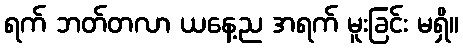
ရက် ဘတ်တလာ ယနေ့ည အရက် မူးခြင်း မရှိ။